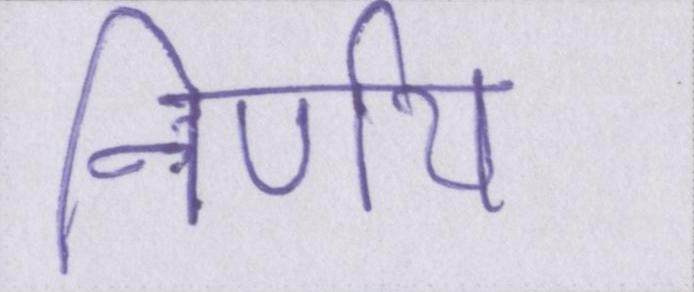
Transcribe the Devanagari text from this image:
निर्णय